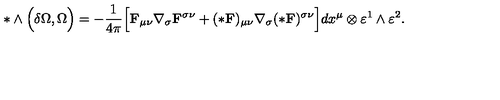
* \wedge \Bigl ( \delta \Omega , \Omega \Bigr ) = - \frac { 1 } { 4 \pi } \Bigl [ { \bf F } _ { \mu \nu } \nabla _ { \sigma } { \bf F } ^ { \sigma \nu } + ( * { \bf F } ) _ { \mu \nu } \nabla _ { \sigma } ( * { \bf F } ) ^ { \sigma \nu } \Bigr ] d x ^ { \mu } \otimes \varepsilon ^ { 1 } \wedge \varepsilon ^ { 2 } .